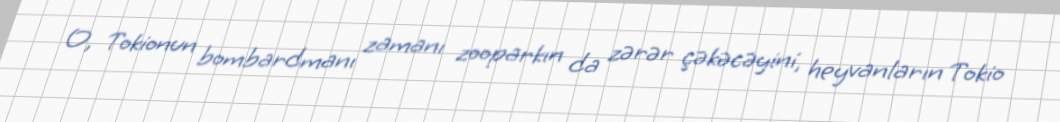
O, Tokionun bombardmanı zamanı zooparkın da zərər çəkəcəyini, heyvanların Tokio